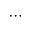
\cdots